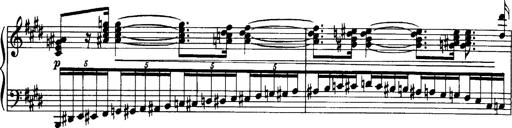
Title: OuvertÃ¼re zu TannhÃ¤user
Composer: Franz Liszt